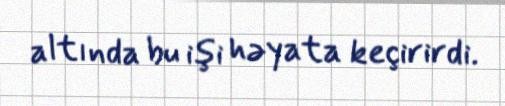
altında bu işi həyata keçirirdi.